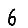
Digit: 6